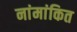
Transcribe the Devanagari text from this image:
नांमांकित